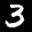
Label: 3